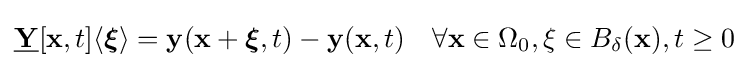
{\underline {\mathbf {Y} }}[\mathbf {x} ,t]\langle {\boldsymbol {\xi }}\rangle =\mathbf {y} (\mathbf {x} +{\boldsymbol {\xi }},t)-\mathbf {y} (\mathbf {x} ,t)\quad \forall \mathbf {x} \in \Omega _{0},\xi \in B_{\delta }({\bf {x}}),t\geq 0